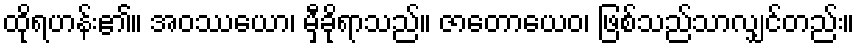
ထိုရဟန်း၏။ အဝဿယော၊ မှီခိုရာသည်။ ဇာတောယေဝ၊ ဖြစ်သည်သာလျှင်တည်း။